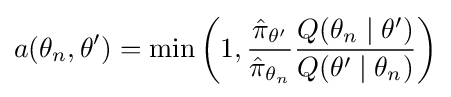
a(\theta _{n},\theta ')=\min \left(1,{\frac {{\hat {\pi }}_{\theta '}}{{\hat {\pi }}_{\theta _{n}}}}{\frac {Q(\theta _{n}\mid \theta ')}{Q(\theta '\mid \theta _{n})}}\right)